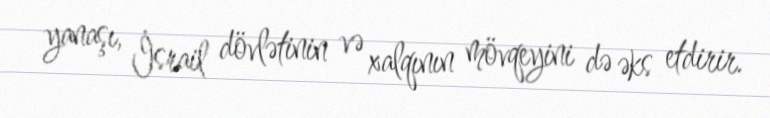
yanaşı, İsrail dövlətinin və xalqının mövqeyini də əks etdirir.